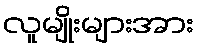
လူမျိုးများအား